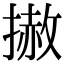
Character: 𢲳